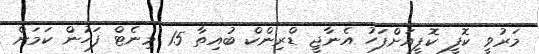
މަރުވީ ކޮފީ ކޮފީއަށްފަހު އެނާޖީ ޑްރިންކް ބުއިތާ 15 މިނެޓް ފަހުން ކަމަށް